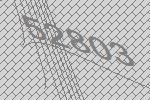
52803